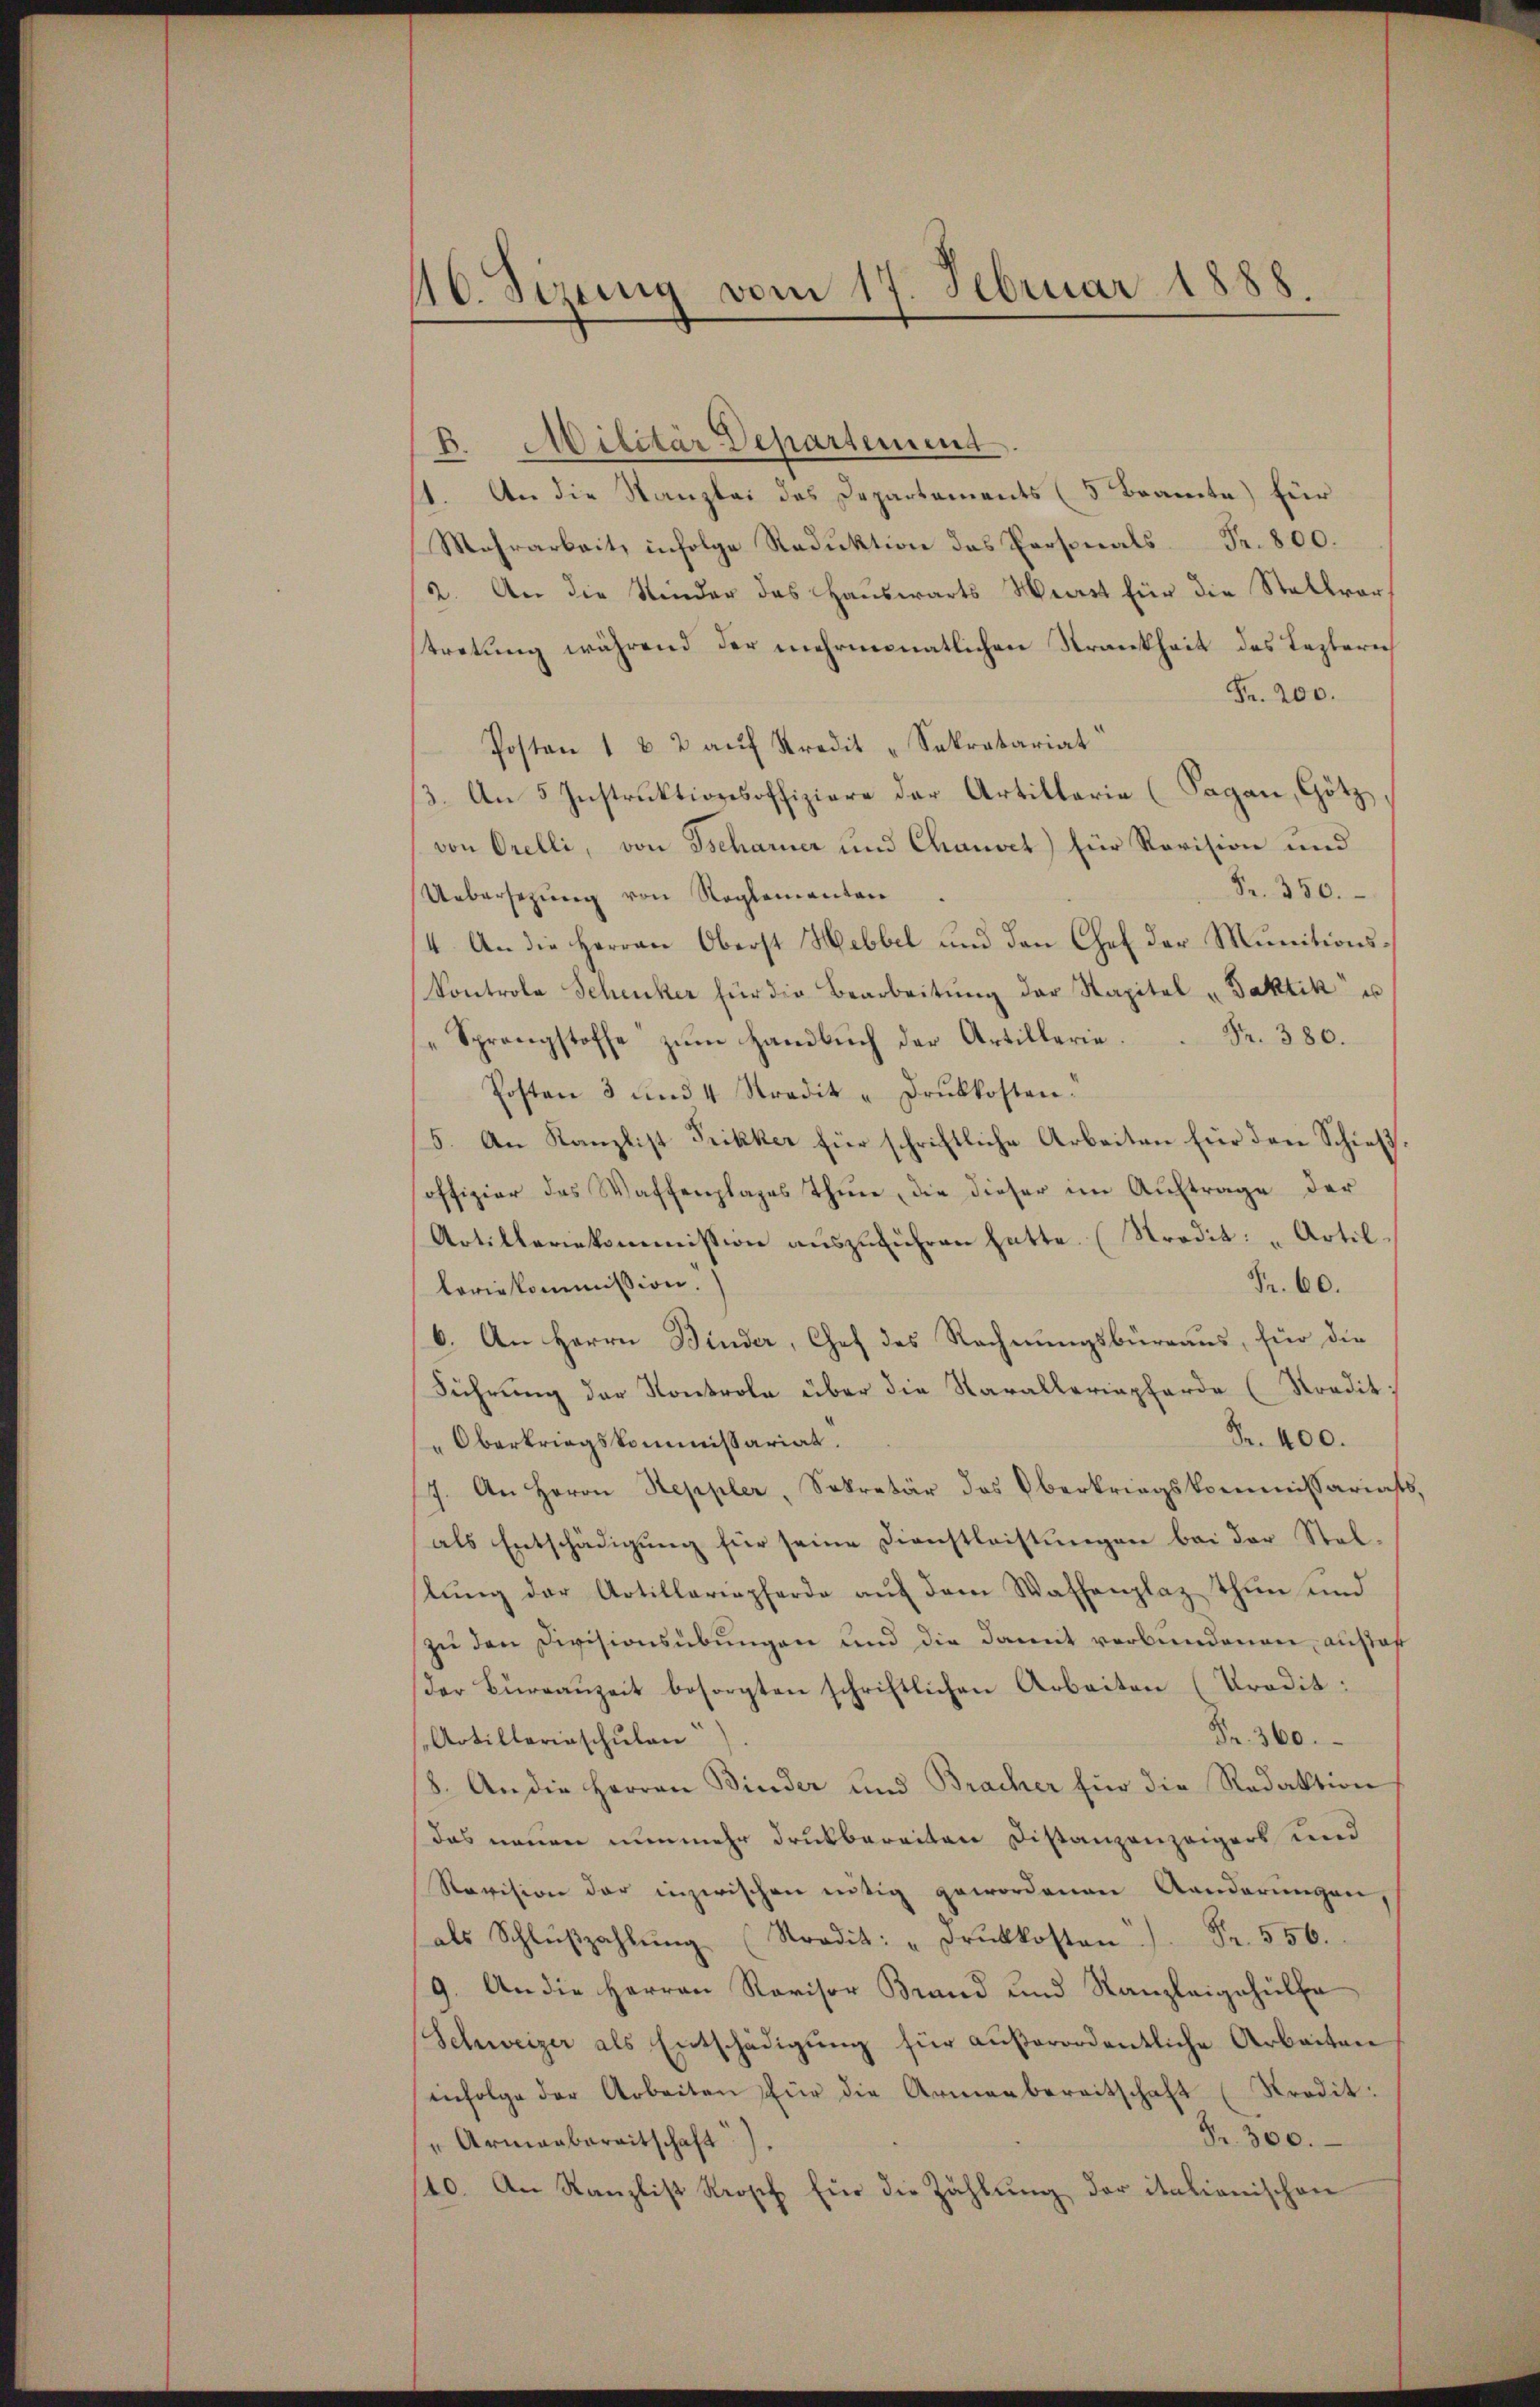
40. Sizung vom 17. Februar 1888.

B. Militär Departemend.
1. An die Kanzlei des Departements (5 Beamte für
Mehrarbeit, infolge Reduktion des Personals Fr. 800.
(2. An die Kinder das Hauswärts Herst für die Stellvorstretung während der mehrmonatlichen Krankheit des Lezterich
Fr. 200.
Posten 1 & 2 aŭf Kredit "Sekretariat
3. An 5 Instruktionsoffiziere der Artillerie (Sagan, Götz,
von Orelli, von Tscharner und Chanoet) für Revision und
Fr. 350.
Uebersezung von Reglementen
14. An die Herren Oberst Hebbel und den Chef der Munitions¬
Kontrola Schenker für die Bearbeitŭng der Kapital "Faktik u
Sprengstoffe zŭm Handbuch der Artillerie Fr. 380.
Posten 3 und 4 Stradit - Drŭkkosten.
5. An Kanzlist Trikker für schriftliche Arbeiten für den Schieß
offizier des Waffenplages There, die dieser im Auftrage der
Artilleriekommission auszuführen hatte. (Stradit: „Artil
Fr. 60.
leriekommission.
6. An Herrn Binder, Chef des Rechnungsbureaus, für die
Führung der Kontrole über die Karalleriepferde (Stradit:
Fr. 400.
" Oberkriegskommissariat.
7. An Herrn Steppler, Sekretär des Oberkriegskommissariats
als Entschädigŭng für seine Dienstleistŭngen bei der Stel-
lung der Artillariapferde auf dem Waffenplaz thun und
zu den Divisionsübungen und die damit verbundenen anstaf
der Büreaŭzeit besorgten schriftlichen Arbeiten (Prodit:
Fr. 360.
Artillerinschulen
18. An die Herren Binder und Bracher für die Redaktion
das neuen nunmehr druckbereiten Distanzenzeigers und
Revision der inzwischen nötig gewordenen Aenderŭngen,
als Schlŭβzahlŭng (Stradit: "Drŭkkosten). Fr. 556.
9. An die Herren Ravisor Brand und Kanzleigehülfe
Schweizer als Entschädigung für außerordentliche Arbeiten
infolge der Arbeiten für die Armenbereitschaft (Kredit.
Fr. 300.
" Armenbereitschaft).
10. An Kanzlist Krosch für die Zählŭng der italionischen